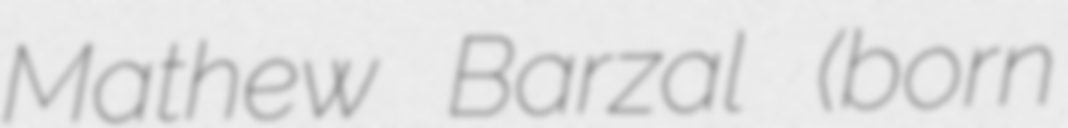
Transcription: Mathew Barzal (born